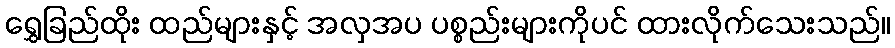
ရွှေခြည်ထိုး ထည်များနှင့် အလှအပ ပစ္စည်းများကိုပင် ထားလိုက်သေးသည်။